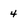
Character: 4